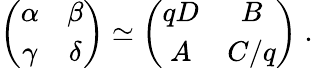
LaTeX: \left(\begin{array}{cc}{{\alpha}}&{{\beta}}\\ {{\gamma}}&{{\delta}}\end{array}\right)\simeq\left(\begin{array}{cc}{{qD}}&{{B}}\\ {{A}}&{{C/q}}\end{array}\right)\; .